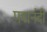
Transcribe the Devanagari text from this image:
पद्मनंदी